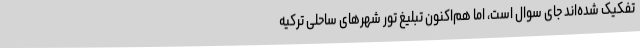
تفکیک شده‌اند جای سوال است، اما هم‌اکنون تبلیغ تور شهرهای ساحلی ترکیه